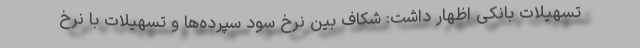
تسهیلات بانکی اظهار داشت: شکاف بین نرخ سود سپرده‌ها و تسهیلات با نرخ